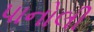
પાનોલી